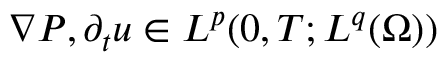
\nabla P , \partial _ { t } u \in L ^ { p } ( 0 , T ; L ^ { q } ( \Omega ) )